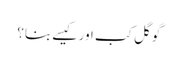
گوگل کب اور کیسے بنا؟